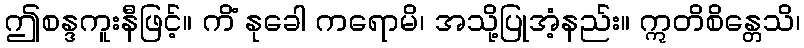
ဤစန္ဒကူးနီဖြင့်။ ကိံ နုခေါ ကရောမိ၊ အသို့ပြုအံ့နည်း။ ဣတိစိန္တေသိ၊